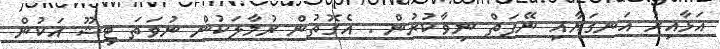
އަޅާއިރު އަނގަޔާއި ނޭފަތް ނިވާކުރުން : އެގޮތުން ރުމާލަކުން ނުވަތަ ޓިޝޫ އަކުން